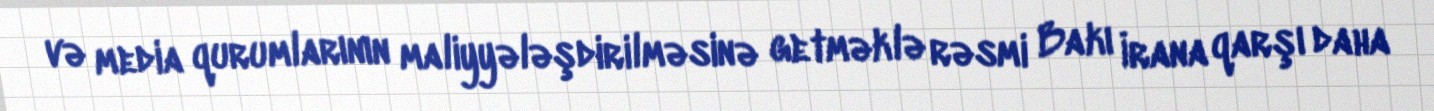
və media qurumlarının maliyyələşdirilməsinə getməklə rəsmi Bakı İrana qarşı daha